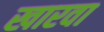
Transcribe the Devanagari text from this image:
खारवा